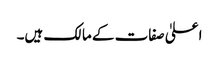
اعلیٰ صفات کے مالک ہیں۔